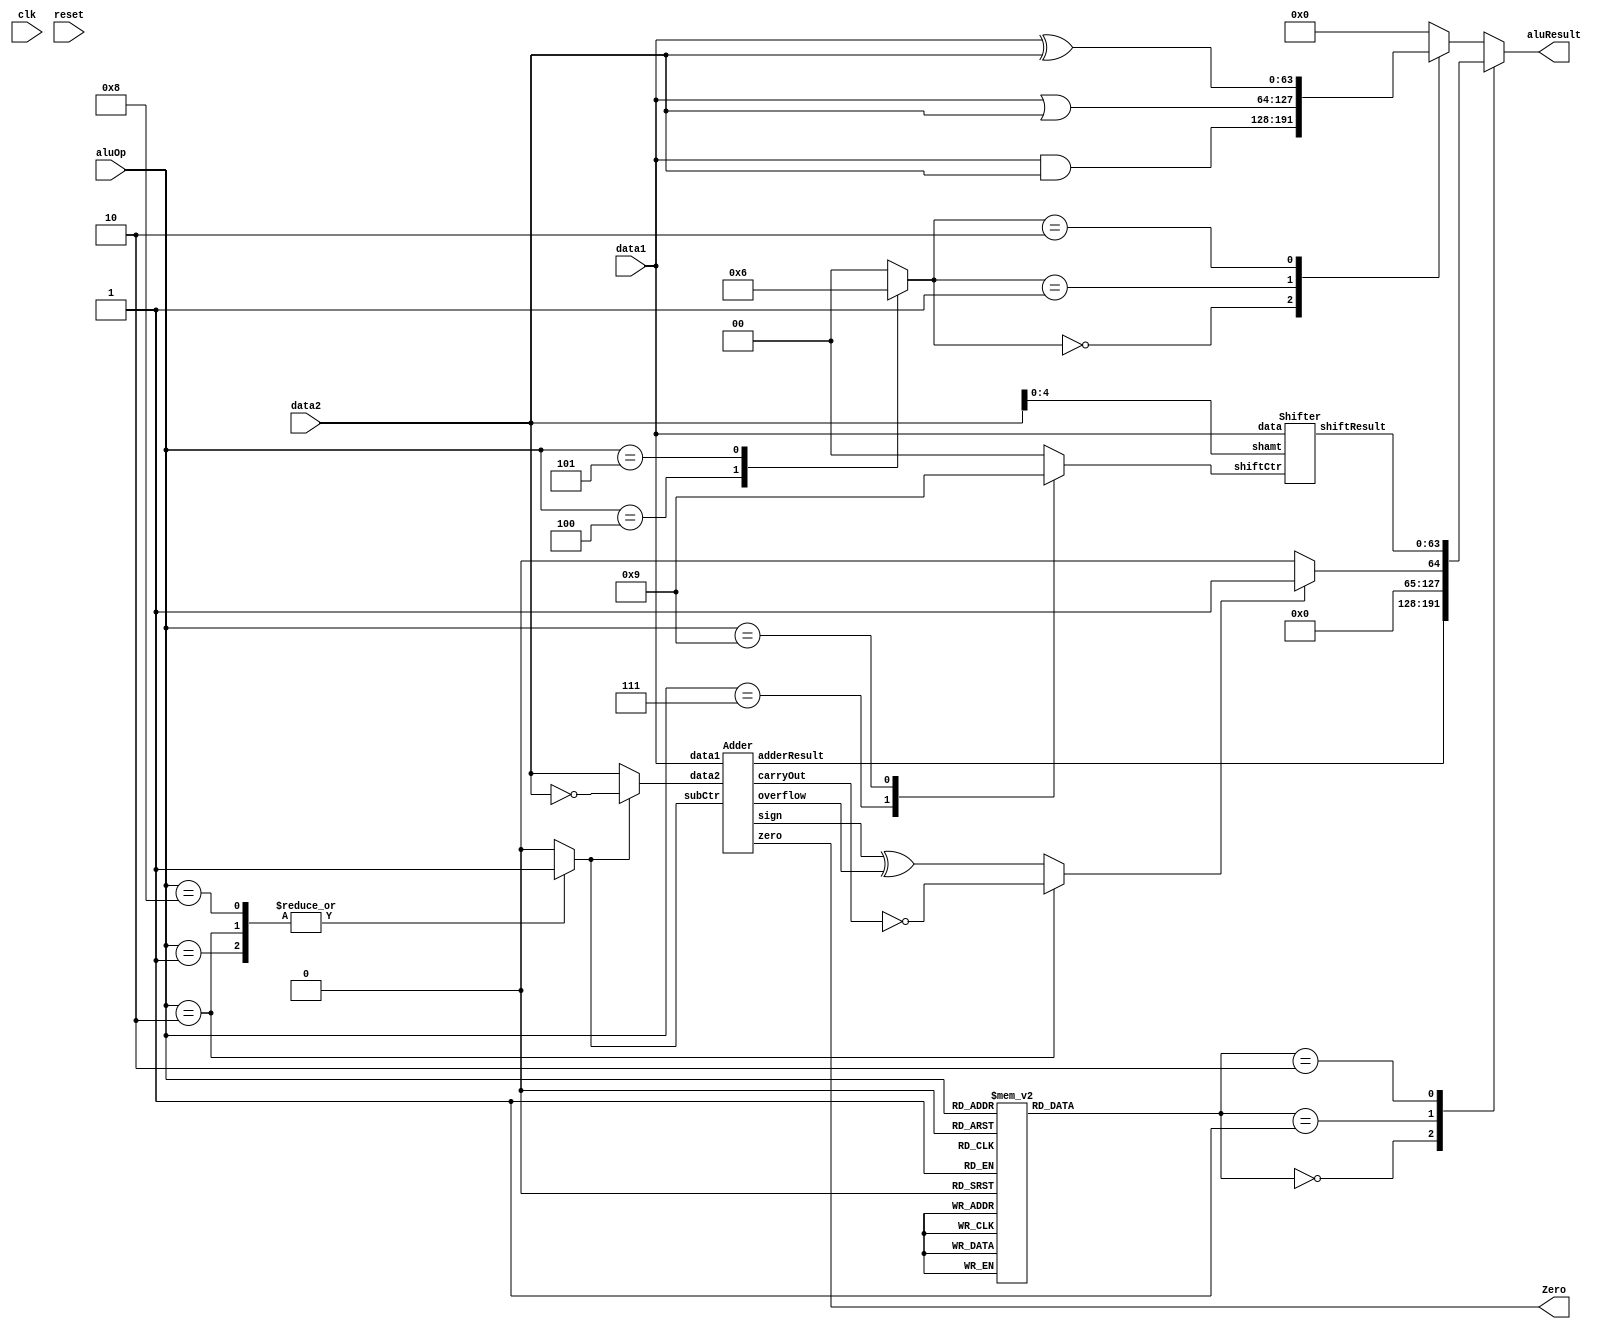
// Generator : SpinalHDL v1.7.0a    git head : 150a9b9067020722818dfb17df4a23ac712a7af8
// Component : ALU
// Git hash  : 9ecf148c235ca4ff4f842a6d692883944a632ac4

`timescale 1ns/1ps

module ALU (
  input      [3:0]    aluOp,
  input      [63:0]   data1,
  input      [63:0]   data2,
  output              Zero,
  output     [63:0]   aluResult,
  input               clk,
  input               reset
);

  wire       [63:0]   adder_1_data1;
  wire       [63:0]   adder_1_data2;
  wire       [63:0]   shifter_1_data;
  wire       [4:0]    shifter_1_shamt;
  wire                adder_1_carryOut;
  wire                adder_1_overflow;
  wire                adder_1_sign;
  wire                adder_1_zero;
  wire       [63:0]   adder_1_adderResult;
  wire       [63:0]   shifter_1_shiftResult;
  wire       [63:0]   _zz_sltResult;
  wire       [63:0]   _zz_sltResult_1;
  wire       [4:0]    _zz_shamt;
  reg        [7:0]    counter;
  reg        [1:0]    opCtr;
  reg                 signCtr;
  reg                 subCtr;
  reg                 overflowCtr;
  reg        [1:0]    shiftCtr;
  reg        [1:0]    logicCtr;
  wire       [63:0]   adderResult;
  wire                sltLess;
  wire                sltuLess;
  wire       [63:0]   sltResult;
  wire       [63:0]   shiftResult;
  wire       [63:0]   andResult;
  wire       [63:0]   orResult;
  wire       [63:0]   xorResult;
  reg        [63:0]   logicResult;
  reg        [63:0]   _zz_aluResult;

  assign _zz_sltResult = 64'h0000000000000001;
  assign _zz_sltResult_1 = 64'h0;
  assign _zz_shamt = data2[4 : 0];
  Adder adder_1 (
    .data1       (adder_1_data1[63:0]      ), //i
    .data2       (adder_1_data2[63:0]      ), //i
    .subCtr      (subCtr                   ), //i
    .carryOut    (adder_1_carryOut         ), //o
    .overflow    (adder_1_overflow         ), //o
    .sign        (adder_1_sign             ), //o
    .zero        (adder_1_zero             ), //o
    .adderResult (adder_1_adderResult[63:0])  //o
  );
  Shifter shifter_1 (
    .data        (shifter_1_data[63:0]       ), //i
    .shamt       (shifter_1_shamt[4:0]       ), //i
    .shiftCtr    (shiftCtr[1:0]              ), //i
    .shiftResult (shifter_1_shiftResult[63:0])  //o
  );
  always @(*) begin
    case(aluOp)
      4'b0000, 4'b1000 : begin
        opCtr = 2'b00;
      end
      4'b0001, 4'b0010 : begin
        opCtr = 2'b01;
      end
      4'b0110, 4'b0111, 4'b1001 : begin
        opCtr = 2'b10;
      end
      4'b0011, 4'b0100, 4'b0101 : begin
        opCtr = 2'b11;
      end
      default : begin
        opCtr = 2'b00;
      end
    endcase
  end

  always @(*) begin
    case(aluOp)
      4'b0010 : begin
        signCtr = 1'b0;
      end
      default : begin
        signCtr = 1'b1;
      end
    endcase
  end

  always @(*) begin
    case(aluOp)
      4'b0001 : begin
        subCtr = 1'b1;
      end
      4'b0010 : begin
        subCtr = 1'b1;
      end
      4'b1000 : begin
        subCtr = 1'b1;
      end
      default : begin
        subCtr = 1'b0;
      end
    endcase
  end

  always @(*) begin
    case(aluOp)
      4'b0010 : begin
        overflowCtr = 1'b0;
      end
      default : begin
        overflowCtr = 1'b1;
      end
    endcase
  end

  always @(*) begin
    case(aluOp)
      4'b0110 : begin
        shiftCtr = 2'b00;
      end
      4'b0111 : begin
        shiftCtr = 2'b10;
      end
      4'b1001 : begin
        shiftCtr = 2'b01;
      end
      default : begin
        shiftCtr = 2'b00;
      end
    endcase
  end

  always @(*) begin
    case(aluOp)
      4'b0011 : begin
        logicCtr = 2'b00;
      end
      4'b0100 : begin
        logicCtr = 2'b01;
      end
      4'b0101 : begin
        logicCtr = 2'b10;
      end
      default : begin
        logicCtr = 2'b00;
      end
    endcase
  end

  assign adder_1_data1 = data1;
  assign adder_1_data2 = (subCtr ? (~ data2) : data2);
  assign Zero = adder_1_zero;
  assign adderResult = adder_1_adderResult;
  assign sltLess = (adder_1_sign ^ adder_1_overflow);
  assign sltuLess = (! adder_1_carryOut);
  assign sltResult = ((signCtr ? sltLess : sltuLess) ? _zz_sltResult : _zz_sltResult_1);
  assign shifter_1_data = data1;
  assign shifter_1_shamt = _zz_shamt;
  assign shiftResult = shifter_1_shiftResult;
  assign andResult = (data1 & data2);
  assign orResult = (data1 | data2);
  assign xorResult = (data1 ^ data2);
  always @(*) begin
    case(logicCtr)
      2'b00 : begin
        logicResult = andResult;
      end
      2'b01 : begin
        logicResult = orResult;
      end
      2'b10 : begin
        logicResult = xorResult;
      end
      default : begin
        logicResult = 64'h0;
      end
    endcase
  end

  always @(*) begin
    case(opCtr)
      2'b00 : begin
        _zz_aluResult = adderResult;
      end
      2'b01 : begin
        _zz_aluResult = sltResult;
      end
      2'b10 : begin
        _zz_aluResult = shiftResult;
      end
      default : begin
        _zz_aluResult = logicResult;
      end
    endcase
  end

  assign aluResult = _zz_aluResult;
  always @(posedge clk or posedge reset) begin
    if(reset) begin
      counter <= 8'h0;
    end else begin
      counter <= (counter + 8'h01);
    end
  end


endmodule

module Shifter (
  input      [63:0]   data,
  input      [4:0]    shamt,
  input      [1:0]    shiftCtr,
  output     [63:0]   shiftResult
);

  wire                _zz_tempShift;
  wire       [0:0]    _zz_tempShift_1;
  wire       [54:0]   _zz_tempShift_2;
  wire                _zz_tempShift_3;
  wire       [0:0]    _zz_tempShift_4;
  wire       [43:0]   _zz_tempShift_5;
  wire                _zz_tempShift_6;
  wire       [0:0]    _zz_tempShift_7;
  wire       [32:0]   _zz_tempShift_8;
  wire                _zz_tempShift_9;
  wire       [0:0]    _zz_tempShift_10;
  wire       [21:0]   _zz_tempShift_11;
  wire                _zz_tempShift_12;
  wire       [0:0]    _zz_tempShift_13;
  wire       [10:0]   _zz_tempShift_14;
  wire                _zz_tempShift_15;
  wire                _zz_tempShift_16;
  wire                _zz_leftShiftResult;
  wire       [0:0]    _zz_leftShiftResult_1;
  wire       [52:0]   _zz_leftShiftResult_2;
  wire                _zz_leftShiftResult_3;
  wire       [0:0]    _zz_leftShiftResult_4;
  wire       [41:0]   _zz_leftShiftResult_5;
  wire                _zz_leftShiftResult_6;
  wire       [0:0]    _zz_leftShiftResult_7;
  wire       [30:0]   _zz_leftShiftResult_8;
  wire                _zz_leftShiftResult_9;
  wire       [0:0]    _zz_leftShiftResult_10;
  wire       [19:0]   _zz_leftShiftResult_11;
  wire                _zz_leftShiftResult_12;
  wire       [0:0]    _zz_leftShiftResult_13;
  wire       [8:0]    _zz_leftShiftResult_14;
  wire       [63:0]   _zz_sraMask;
  wire       [63:0]   tempShift;
  wire       [63:0]   leftShiftResult;
  wire       [63:0]   arithRightShiftResult;
  wire       [63:0]   sraMask;
  wire                _zz_arithRightShiftResult;
  reg        [63:0]   _zz_arithRightShiftResult_1;
  reg        [63:0]   _zz_shiftResult;

  assign _zz_sraMask = (64'hffffffffffffffff >>> shamt);
  assign _zz_tempShift = data[7];
  assign _zz_tempShift_1 = data[8];
  assign _zz_tempShift_2 = {data[9],{data[10],{data[11],{data[12],{data[13],{data[14],{data[15],{data[16],{data[17],{_zz_tempShift_3,{_zz_tempShift_4,_zz_tempShift_5}}}}}}}}}}};
  assign _zz_tempShift_3 = data[18];
  assign _zz_tempShift_4 = data[19];
  assign _zz_tempShift_5 = {data[20],{data[21],{data[22],{data[23],{data[24],{data[25],{data[26],{data[27],{data[28],{_zz_tempShift_6,{_zz_tempShift_7,_zz_tempShift_8}}}}}}}}}}};
  assign _zz_tempShift_6 = data[29];
  assign _zz_tempShift_7 = data[30];
  assign _zz_tempShift_8 = {data[31],{data[32],{data[33],{data[34],{data[35],{data[36],{data[37],{data[38],{data[39],{_zz_tempShift_9,{_zz_tempShift_10,_zz_tempShift_11}}}}}}}}}}};
  assign _zz_tempShift_9 = data[40];
  assign _zz_tempShift_10 = data[41];
  assign _zz_tempShift_11 = {data[42],{data[43],{data[44],{data[45],{data[46],{data[47],{data[48],{data[49],{data[50],{_zz_tempShift_12,{_zz_tempShift_13,_zz_tempShift_14}}}}}}}}}}};
  assign _zz_tempShift_12 = data[51];
  assign _zz_tempShift_13 = data[52];
  assign _zz_tempShift_14 = {data[53],{data[54],{data[55],{data[56],{data[57],{data[58],{data[59],{data[60],{data[61],{_zz_tempShift_15,_zz_tempShift_16}}}}}}}}}};
  assign _zz_tempShift_15 = data[62];
  assign _zz_tempShift_16 = data[63];
  assign _zz_leftShiftResult = tempShift[9];
  assign _zz_leftShiftResult_1 = tempShift[10];
  assign _zz_leftShiftResult_2 = {tempShift[11],{tempShift[12],{tempShift[13],{tempShift[14],{tempShift[15],{tempShift[16],{tempShift[17],{tempShift[18],{tempShift[19],{_zz_leftShiftResult_3,{_zz_leftShiftResult_4,_zz_leftShiftResult_5}}}}}}}}}}};
  assign _zz_leftShiftResult_3 = tempShift[20];
  assign _zz_leftShiftResult_4 = tempShift[21];
  assign _zz_leftShiftResult_5 = {tempShift[22],{tempShift[23],{tempShift[24],{tempShift[25],{tempShift[26],{tempShift[27],{tempShift[28],{tempShift[29],{tempShift[30],{_zz_leftShiftResult_6,{_zz_leftShiftResult_7,_zz_leftShiftResult_8}}}}}}}}}}};
  assign _zz_leftShiftResult_6 = tempShift[31];
  assign _zz_leftShiftResult_7 = tempShift[32];
  assign _zz_leftShiftResult_8 = {tempShift[33],{tempShift[34],{tempShift[35],{tempShift[36],{tempShift[37],{tempShift[38],{tempShift[39],{tempShift[40],{tempShift[41],{_zz_leftShiftResult_9,{_zz_leftShiftResult_10,_zz_leftShiftResult_11}}}}}}}}}}};
  assign _zz_leftShiftResult_9 = tempShift[42];
  assign _zz_leftShiftResult_10 = tempShift[43];
  assign _zz_leftShiftResult_11 = {tempShift[44],{tempShift[45],{tempShift[46],{tempShift[47],{tempShift[48],{tempShift[49],{tempShift[50],{tempShift[51],{tempShift[52],{_zz_leftShiftResult_12,{_zz_leftShiftResult_13,_zz_leftShiftResult_14}}}}}}}}}}};
  assign _zz_leftShiftResult_12 = tempShift[53];
  assign _zz_leftShiftResult_13 = tempShift[54];
  assign _zz_leftShiftResult_14 = {tempShift[55],{tempShift[56],{tempShift[57],{tempShift[58],{tempShift[59],{tempShift[60],{tempShift[61],{tempShift[62],tempShift[63]}}}}}}}};
  assign tempShift = (((shiftCtr == 2'b00) ? {data[0],{data[1],{data[2],{data[3],{data[4],{data[5],{data[6],{_zz_tempShift,{_zz_tempShift_1,_zz_tempShift_2}}}}}}}}} : data) >>> shamt);
  assign leftShiftResult = {tempShift[0],{tempShift[1],{tempShift[2],{tempShift[3],{tempShift[4],{tempShift[5],{tempShift[6],{tempShift[7],{tempShift[8],{_zz_leftShiftResult,{_zz_leftShiftResult_1,_zz_leftShiftResult_2}}}}}}}}}}};
  assign sraMask = (~ _zz_sraMask);
  assign _zz_arithRightShiftResult = data[63];
  always @(*) begin
    _zz_arithRightShiftResult_1[63] = _zz_arithRightShiftResult;
    _zz_arithRightShiftResult_1[62] = _zz_arithRightShiftResult;
    _zz_arithRightShiftResult_1[61] = _zz_arithRightShiftResult;
    _zz_arithRightShiftResult_1[60] = _zz_arithRightShiftResult;
    _zz_arithRightShiftResult_1[59] = _zz_arithRightShiftResult;
    _zz_arithRightShiftResult_1[58] = _zz_arithRightShiftResult;
    _zz_arithRightShiftResult_1[57] = _zz_arithRightShiftResult;
    _zz_arithRightShiftResult_1[56] = _zz_arithRightShiftResult;
    _zz_arithRightShiftResult_1[55] = _zz_arithRightShiftResult;
    _zz_arithRightShiftResult_1[54] = _zz_arithRightShiftResult;
    _zz_arithRightShiftResult_1[53] = _zz_arithRightShiftResult;
    _zz_arithRightShiftResult_1[52] = _zz_arithRightShiftResult;
    _zz_arithRightShiftResult_1[51] = _zz_arithRightShiftResult;
    _zz_arithRightShiftResult_1[50] = _zz_arithRightShiftResult;
    _zz_arithRightShiftResult_1[49] = _zz_arithRightShiftResult;
    _zz_arithRightShiftResult_1[48] = _zz_arithRightShiftResult;
    _zz_arithRightShiftResult_1[47] = _zz_arithRightShiftResult;
    _zz_arithRightShiftResult_1[46] = _zz_arithRightShiftResult;
    _zz_arithRightShiftResult_1[45] = _zz_arithRightShiftResult;
    _zz_arithRightShiftResult_1[44] = _zz_arithRightShiftResult;
    _zz_arithRightShiftResult_1[43] = _zz_arithRightShiftResult;
    _zz_arithRightShiftResult_1[42] = _zz_arithRightShiftResult;
    _zz_arithRightShiftResult_1[41] = _zz_arithRightShiftResult;
    _zz_arithRightShiftResult_1[40] = _zz_arithRightShiftResult;
    _zz_arithRightShiftResult_1[39] = _zz_arithRightShiftResult;
    _zz_arithRightShiftResult_1[38] = _zz_arithRightShiftResult;
    _zz_arithRightShiftResult_1[37] = _zz_arithRightShiftResult;
    _zz_arithRightShiftResult_1[36] = _zz_arithRightShiftResult;
    _zz_arithRightShiftResult_1[35] = _zz_arithRightShiftResult;
    _zz_arithRightShiftResult_1[34] = _zz_arithRightShiftResult;
    _zz_arithRightShiftResult_1[33] = _zz_arithRightShiftResult;
    _zz_arithRightShiftResult_1[32] = _zz_arithRightShiftResult;
    _zz_arithRightShiftResult_1[31] = _zz_arithRightShiftResult;
    _zz_arithRightShiftResult_1[30] = _zz_arithRightShiftResult;
    _zz_arithRightShiftResult_1[29] = _zz_arithRightShiftResult;
    _zz_arithRightShiftResult_1[28] = _zz_arithRightShiftResult;
    _zz_arithRightShiftResult_1[27] = _zz_arithRightShiftResult;
    _zz_arithRightShiftResult_1[26] = _zz_arithRightShiftResult;
    _zz_arithRightShiftResult_1[25] = _zz_arithRightShiftResult;
    _zz_arithRightShiftResult_1[24] = _zz_arithRightShiftResult;
    _zz_arithRightShiftResult_1[23] = _zz_arithRightShiftResult;
    _zz_arithRightShiftResult_1[22] = _zz_arithRightShiftResult;
    _zz_arithRightShiftResult_1[21] = _zz_arithRightShiftResult;
    _zz_arithRightShiftResult_1[20] = _zz_arithRightShiftResult;
    _zz_arithRightShiftResult_1[19] = _zz_arithRightShiftResult;
    _zz_arithRightShiftResult_1[18] = _zz_arithRightShiftResult;
    _zz_arithRightShiftResult_1[17] = _zz_arithRightShiftResult;
    _zz_arithRightShiftResult_1[16] = _zz_arithRightShiftResult;
    _zz_arithRightShiftResult_1[15] = _zz_arithRightShiftResult;
    _zz_arithRightShiftResult_1[14] = _zz_arithRightShiftResult;
    _zz_arithRightShiftResult_1[13] = _zz_arithRightShiftResult;
    _zz_arithRightShiftResult_1[12] = _zz_arithRightShiftResult;
    _zz_arithRightShiftResult_1[11] = _zz_arithRightShiftResult;
    _zz_arithRightShiftResult_1[10] = _zz_arithRightShiftResult;
    _zz_arithRightShiftResult_1[9] = _zz_arithRightShiftResult;
    _zz_arithRightShiftResult_1[8] = _zz_arithRightShiftResult;
    _zz_arithRightShiftResult_1[7] = _zz_arithRightShiftResult;
    _zz_arithRightShiftResult_1[6] = _zz_arithRightShiftResult;
    _zz_arithRightShiftResult_1[5] = _zz_arithRightShiftResult;
    _zz_arithRightShiftResult_1[4] = _zz_arithRightShiftResult;
    _zz_arithRightShiftResult_1[3] = _zz_arithRightShiftResult;
    _zz_arithRightShiftResult_1[2] = _zz_arithRightShiftResult;
    _zz_arithRightShiftResult_1[1] = _zz_arithRightShiftResult;
    _zz_arithRightShiftResult_1[0] = _zz_arithRightShiftResult;
  end

  assign arithRightShiftResult = (tempShift | (sraMask & _zz_arithRightShiftResult_1));
  always @(*) begin
    case(shiftCtr)
      2'b00 : begin
        _zz_shiftResult = leftShiftResult;
      end
      2'b01 : begin
        _zz_shiftResult = arithRightShiftResult;
      end
      2'b10 : begin
        _zz_shiftResult = tempShift;
      end
      default : begin
        _zz_shiftResult = 64'h0;
      end
    endcase
  end

  assign shiftResult = _zz_shiftResult;

endmodule

module Adder (
  input      [63:0]   data1,
  input      [63:0]   data2,
  input               subCtr,
  output              carryOut,
  output              overflow,
  output              sign,
  output reg          zero,
  output     [63:0]   adderResult
);

  wire       [64:0]   _zz_tempResult;
  reg        [64:0]   tempResult;
  wire                when_Adder_l28;

  assign _zz_tempResult = ({1'b0,data1} + {1'b0,data2});
  always @(*) begin
    if(subCtr) begin
      tempResult = (_zz_tempResult + 65'h00000000000000001);
    end else begin
      tempResult = ({1'b0,data1} + {1'b0,data2});
    end
  end

  assign when_Adder_l28 = (tempResult == 65'h0);
  always @(*) begin
    if(when_Adder_l28) begin
      zero = 1'b1;
    end else begin
      zero = 1'b0;
    end
  end

  assign overflow = (((data1[63] && data2[63]) && (! tempResult[63])) || (((! data1[63]) && (! data2[63])) && tempResult[63]));
  assign sign = tempResult[63];
  assign carryOut = tempResult[64];
  assign adderResult = tempResult[63 : 0];

endmodule